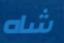
شاه